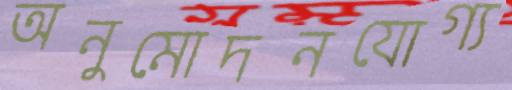
অনুমোদনযোগ্য